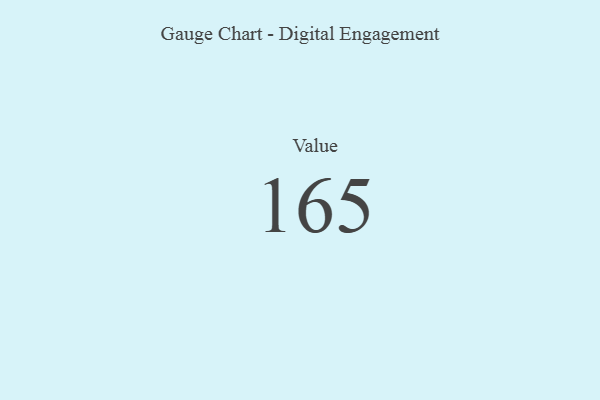
{"axis": {"x": "Metric", "y": "Value"}, "legend": [""], "data": [{"x": "Value", "y": 165, "type": ""}]}